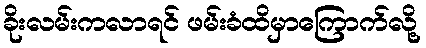
ခိုးလမ်းကလာရင် ဖမ်းခံထိမှာကြောက်လို့